Civil Veterinary Dept. North-West Frontier Province 1923-32 - 1923-1932
Year: 1923
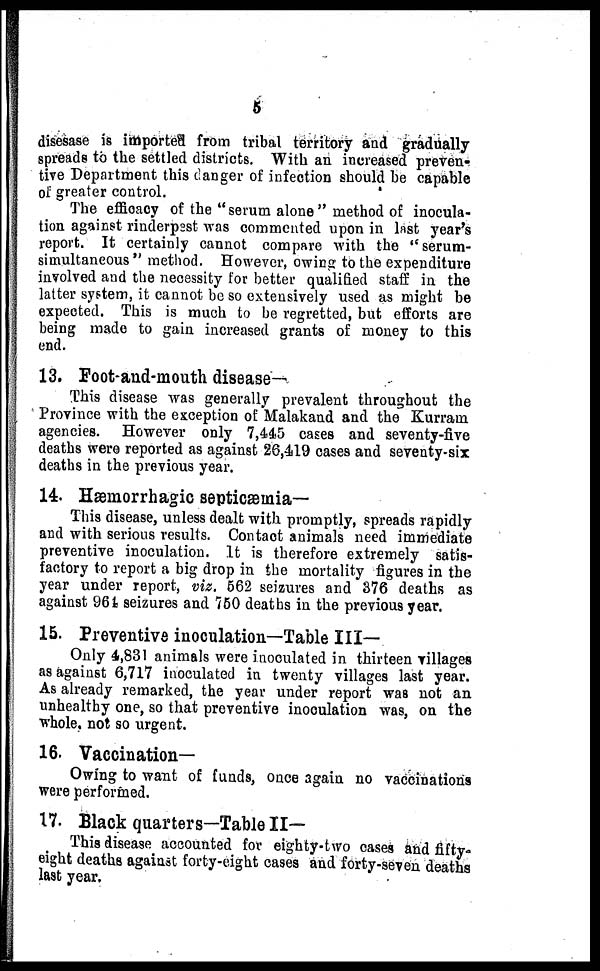
5
disesase is imported from tribal territory and gradually
spreads to the settled districts. With an increased preven-
tive Department this danger of infection should be capable
of greater control.
The efficacy of the "serum alone" method of inocula-
tion against rinderpest was commented upon in last year's
report. It certainly cannot compare with the "serum¬
simultaneous " method. However, owing to the expenditure
involved and the necessity for better qualified staff in the
latter system, it cannot be so extensively used as might be
expected. This is much to be regretted, but efforts are
being made to gain increased grants of money to this
end.
13. Foot-and-mouth disease—
This disease was generally prevalent throughout the
Province with the exception of Malakand and the Kurram
agencies. However only 7,445 cases and seventy-five
deaths were reported as against 26,419 cases and seventy-six
deaths in the previous year.
14. Hæmorrhagic septicæmia—
This disease, unless dealt with promptly, spreads rapidly
and with serious results. Contact animals need immediate
preventive inoculation. It is therefore extremely satis-
factory to report a big drop in the mortality figures in the
year under report, viz. 562 seizures and 376 deaths as
against 964 seizures and 750 deaths in the previous year.
15. Preventive inoculation—Table III—
Only 4,831 animals were inoculated in thirteen villages
as against 6,717 inoculated in twenty villages last year.
As already remarked, the year under report was not an
unhealthy one, so that preventive inoculation was, on the
whole, not so urgent.
16. Vaccination—
Owing to want of funds, once again no vaccinations
were performed.
17. Black quarters—Table II—
This disease accounted for eighty-two cases and fifty-
eight deaths against forty-eight cases and forty-seven deaths
last year.